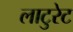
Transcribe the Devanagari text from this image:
लाटुरेट